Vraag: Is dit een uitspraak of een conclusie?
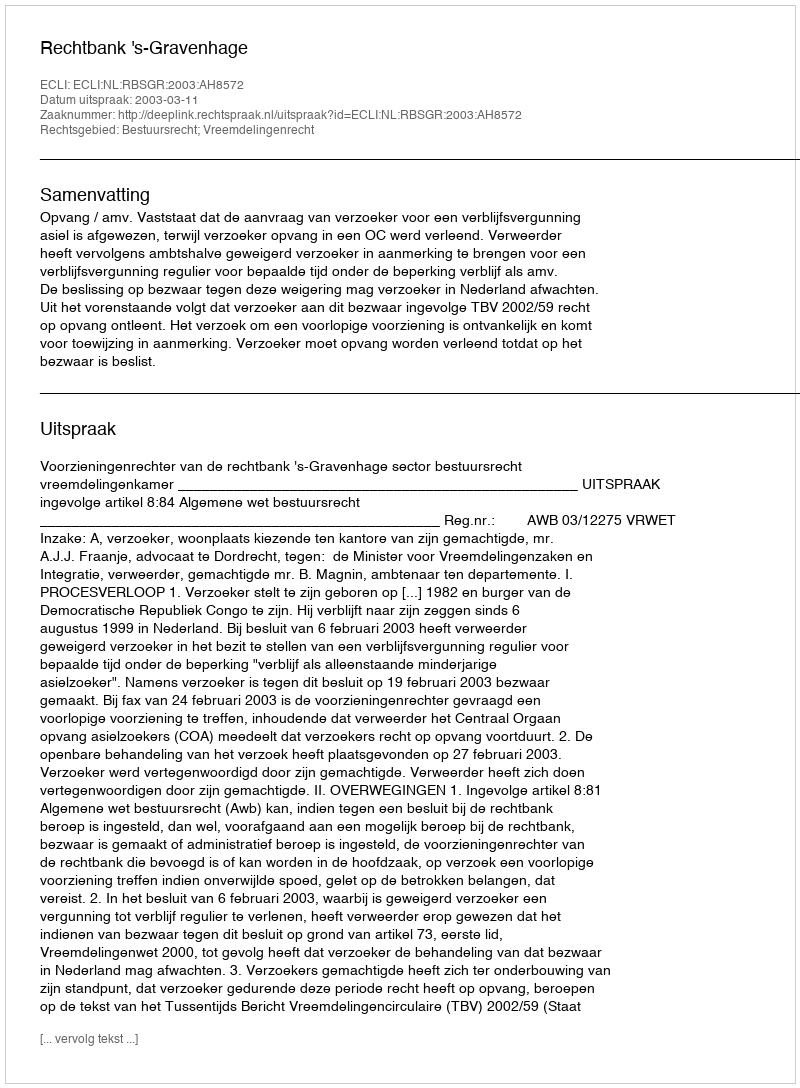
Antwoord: Uitspraak